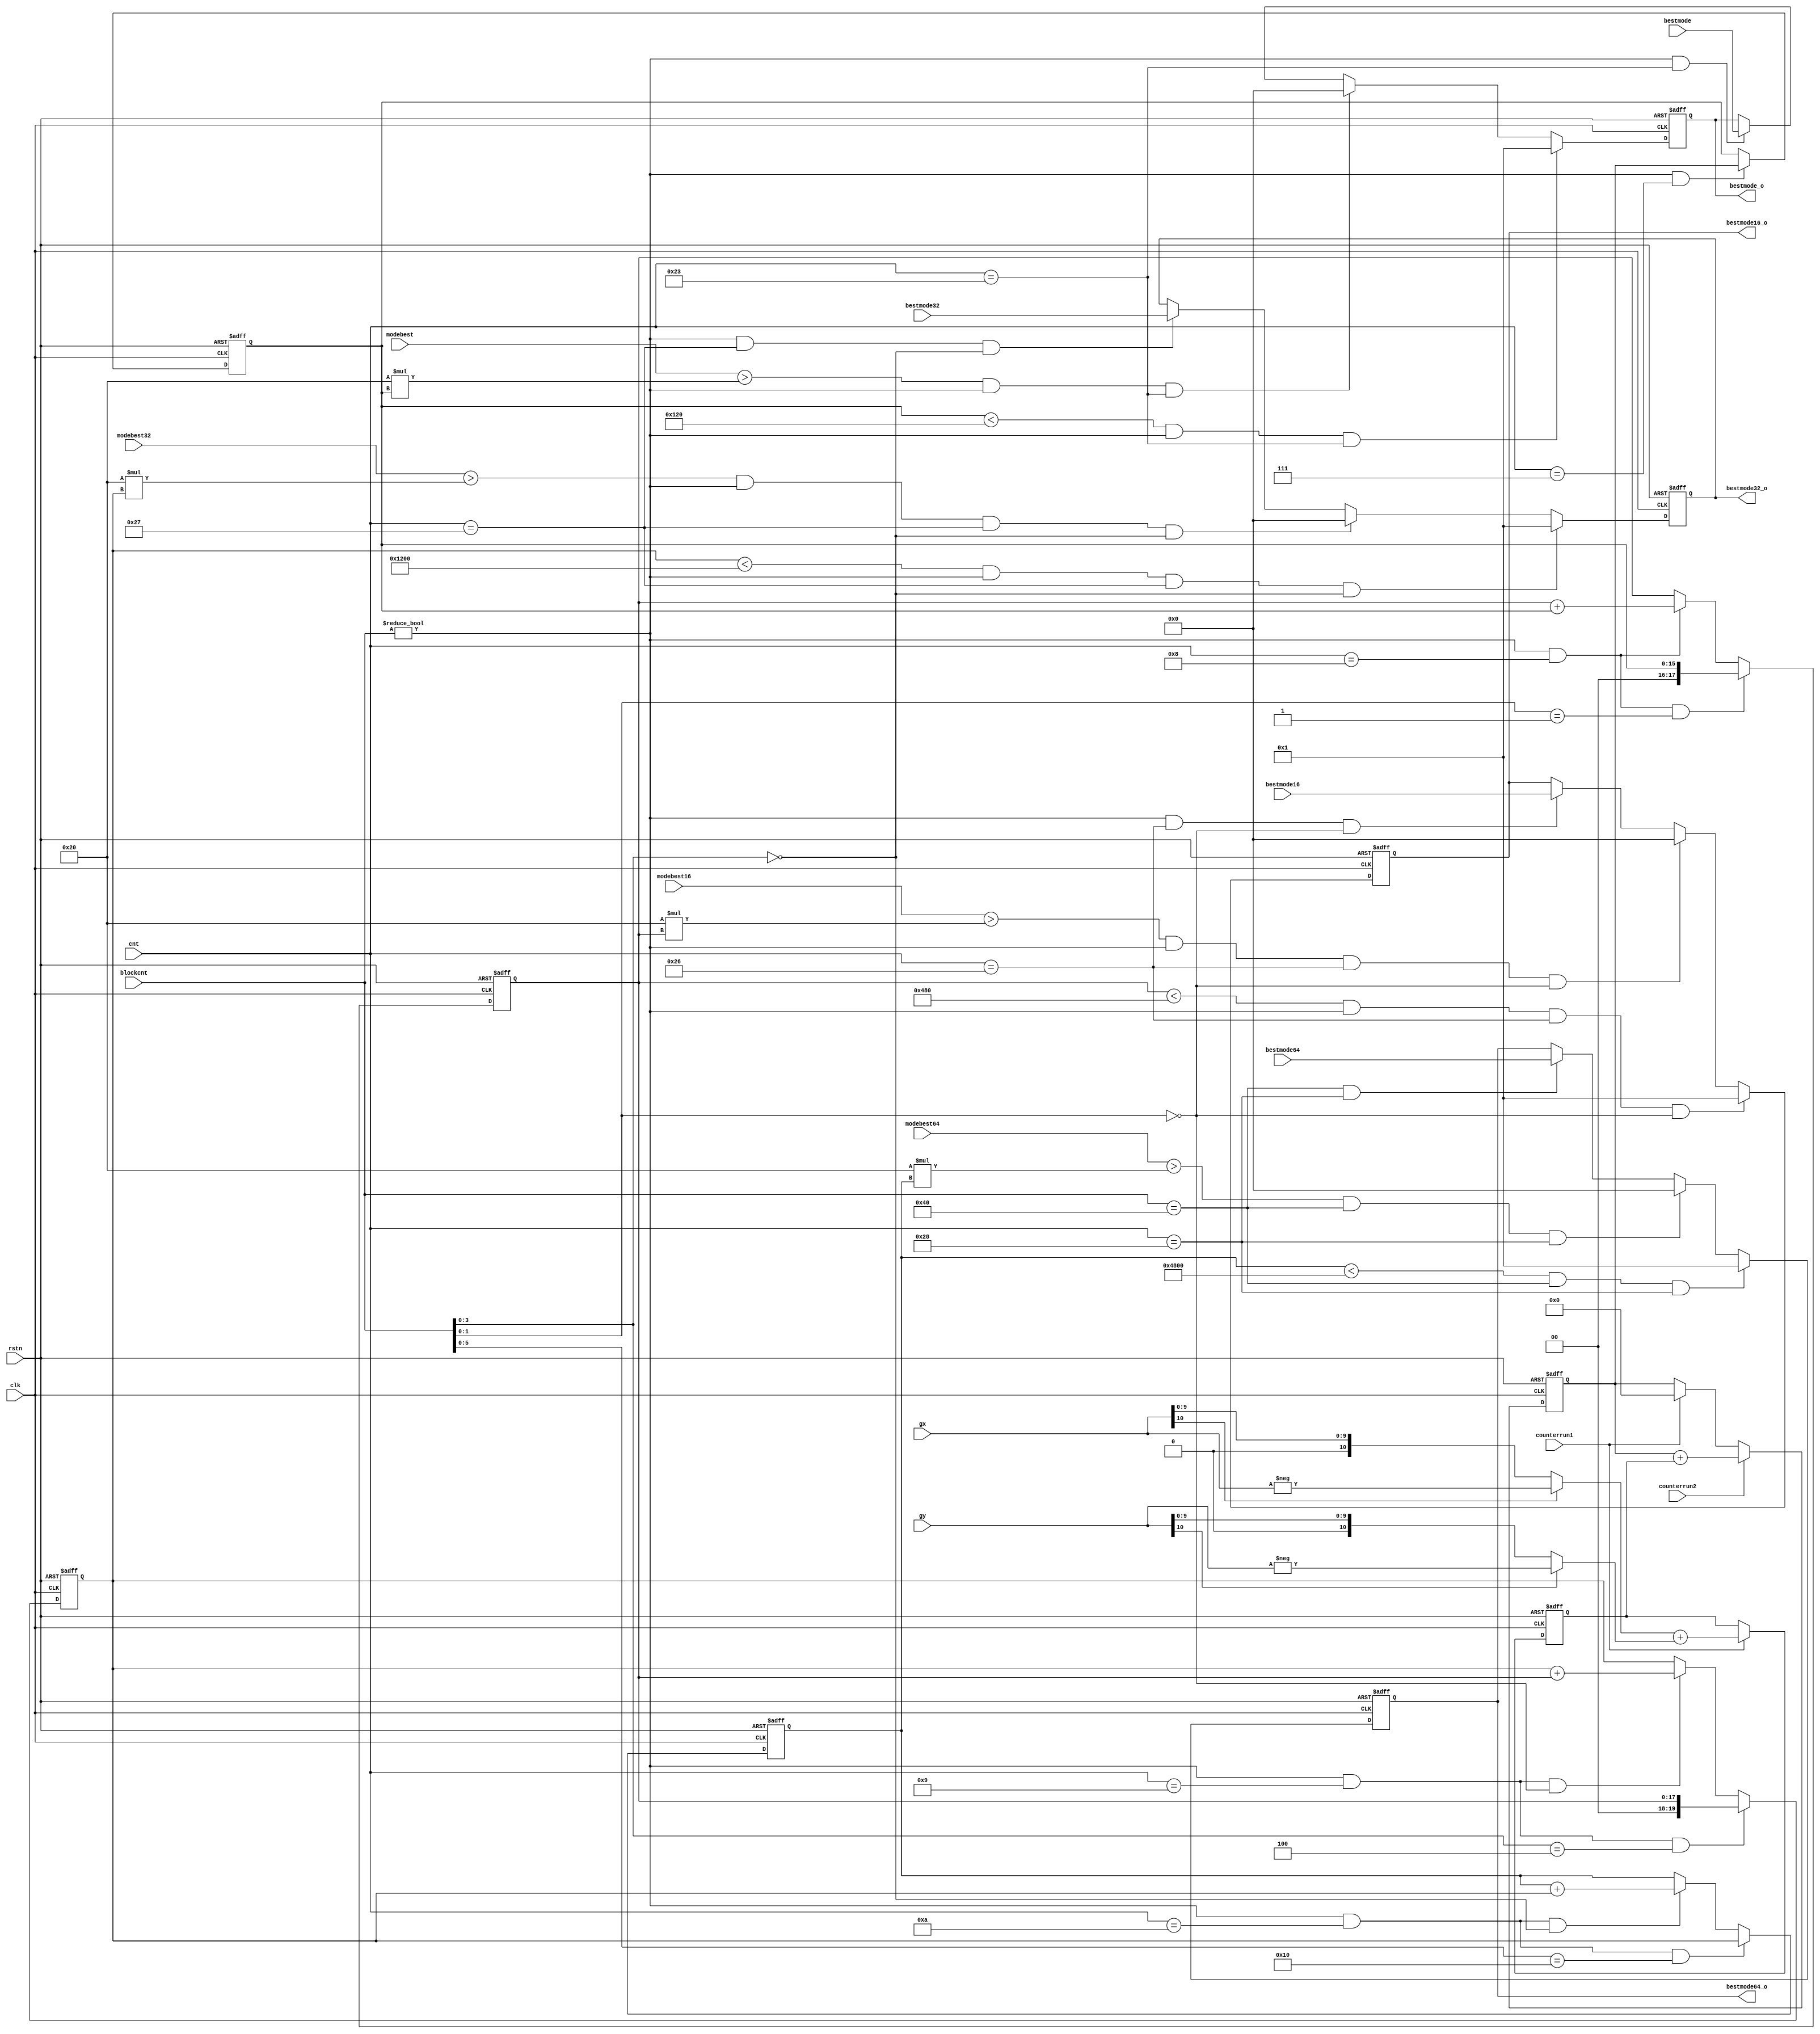
module dc_planar(
	rstn,
	clk,
	counterrun1,
	counterrun2,
	gx,
	gy,
	cnt,
	blockcnt,
	bestmode,
	bestmode16,
	bestmode32,
	bestmode64,
	modebest,
	modebest16,
	modebest32,
	modebest64,
	bestmode_o,
	bestmode16_o,
	bestmode32_o,
	bestmode64_o
);

	parameter		MODE=21;
	parameter		DIGIT=0;
	parameter		DC8=288;
	parameter		DC16=1152;
	parameter		DC32=4608;
	parameter		DC64=18432;
	parameter		Plan8=32;
	parameter		Plan16=32;
	parameter		Plan32=32;
	parameter		Plan64=32;
	
	input							rstn;
	input							clk;
	input							counterrun1;
	input							counterrun2;
	input	signed	[10:0]			gx;
	input	signed	[10:0]			gy;
	input			[5:0]			cnt;
	input			[6:0]			blockcnt;
	input			[5:0]			bestmode;
	input			[5:0]			bestmode16;
	input			[5:0]			bestmode32;
	input			[5:0]			bestmode64;
	input		[MODE-DIGIT:0]		modebest;
	input		[MODE-DIGIT+2:0]	modebest16;
	input		[MODE-DIGIT+4:0]	modebest32;
	input		[MODE-DIGIT+6:0]	modebest64;
	output			[5:0]			bestmode_o;
	output			[5:0]			bestmode16_o;
	output			[5:0]			bestmode32_o;
	output			[5:0]			bestmode64_o;
	
	reg			[10:0]				data_tmp;
	reg			[15:0]				modedata;
	reg			[15:0]				modedata8;
	reg			[17:0]				modedata16;
	reg			[19:0]				modedata32;
	reg			[19:0]				modedata64;
	
	reg			[5:0]				bestmode_o;
	reg			[5:0]				bestmode16_o;
	reg			[5:0]				bestmode32_o;
	reg			[5:0]				bestmode64_o;

//==================mode data calculation====================================
	
always@(posedge clk or negedge rstn)
	if(!rstn)
		data_tmp	<=	'd0;
	else if(counterrun1)
		data_tmp	<=	(gx[10]?(-gx):gx) + (gy[10]?(-gy):gy);
		
always@(posedge clk or negedge rstn)
	if(!rstn)
		modedata	<=	'd0;
	else if(counterrun2)
		modedata	<=	modedata+data_tmp;
	else if(counterrun1)
		modedata	<=	'd0;
		
always@(posedge clk or negedge rstn)
	if(!rstn)
		modedata8	<=	'd0;
	else if((blockcnt	!=	'd0)	&&	(cnt	==	'd7))
		modedata8	<=	modedata;
		
always@(posedge clk or negedge rstn)
	if(!rstn)
		modedata16	<=	'd0;
	else if((blockcnt	!=	'd0)	&&	(cnt	==	'd8)	&&	(blockcnt[1:0]	==	2'b01))
		modedata16	<=	modedata8;
	else if((blockcnt	!=	'd0)	&&	(cnt	==	'd8))
		modedata16	<=	modedata16+modedata8;
		
always@(posedge clk or negedge rstn)
	if(!rstn)
		modedata32	<=	'd0;
	else if((blockcnt	!=	'd0)	&&	(cnt	==	'd9)	&&	(blockcnt[3:0]	==	4'b0100))
		modedata32	<=	modedata16;
	else if((blockcnt	!=	'd0)	&&	(cnt	==	'd9)	&&	(blockcnt[1:0]	==	2'b00))
		modedata32	<=	modedata32+modedata16;
		
always@(posedge clk or negedge rstn)
	if(!rstn)
		modedata64	<=	'd0;
	else if((blockcnt	!=	'd0)	&&	(cnt	==	'd10)	&&	(blockcnt[5:0]	==	6'b010000))
		modedata64	<=	modedata32;
	else if((blockcnt	!=	'd0)	&&	(cnt	==	'd10)	&&	(blockcnt[3:0]	==	4'b0000))
		modedata64	<=	modedata64+modedata32;
	
//================best mode decision============================
	
always@(posedge clk or negedge rstn)
	if(!rstn)
		bestmode_o	<=	'd0;
	else if((modedata8	<	DC8)	&&	(blockcnt	!=	'd0)	&&	(cnt	==	'd35))
		bestmode_o	<=	'd1;
	else if((modebest	>	Plan8 * modedata8)	&&	(blockcnt	!=	'd0)	&&	(cnt	==	'd35))
		bestmode_o	<=	'd0;
	else if((blockcnt	!=	'd0)	&&	(cnt	==	'd35))
		bestmode_o	<=	bestmode;
		
always@(posedge clk or negedge rstn)
	if(!rstn)
		bestmode16_o	<=	'd0;
	else if((modedata16	<	DC16)	&&	(blockcnt	!=	'd0)	&&	(cnt	==	'd38)	&&	(blockcnt[1:0]	==	2'b00))
		bestmode16_o	<=	'd1;
	else if((modebest16	>	Plan16 * modedata16)	&&	(blockcnt	!=	'd0)	&&	(cnt	==	'd38)	&&	(blockcnt[1:0]	==	2'b00))
		bestmode16_o	<=	'd0;
	else if((blockcnt	!=	'd0)	&&	(cnt	==	'd38)	&&	(blockcnt[1:0]	==	2'b00))
		bestmode16_o	<=	bestmode16;
		
always@(posedge clk or negedge rstn)
	if(!rstn)
		bestmode32_o	<=	'd0;
	else if((modedata32	<	DC32)	&&	(blockcnt	!=	'd0)	&&	(cnt	==	'd39)	&&	(blockcnt[3:0]	==	4'b0000))
		bestmode32_o	<=	'd1;
	else if((modebest32	>	Plan32 * modedata32)	&&	(blockcnt	!=	'd0)	&&	(cnt	==	'd39)	&&	(blockcnt[3:0]	==	4'b0000))
		bestmode32_o	<=	'd0;
	else if((blockcnt	!=	'd0)	&&	(cnt	==	'd39)	&&	(blockcnt[3:0]	==	4'b0000))
		bestmode32_o	<=	bestmode32;
		
always@(posedge clk or negedge rstn)
	if(!rstn)
		bestmode64_o	<=	'd0;
	else if((modedata64	<	DC64)	&&	(blockcnt	==	'd64)	&&	(cnt	==	'd40))
		bestmode64_o	<=	'd1;
	else if((modebest64	>	Plan64 * modedata64)	&&	(blockcnt	==	'd64)	&&	(cnt	==	'd40))
		bestmode64_o	<=	'd0;
	else if((blockcnt	==	'd64)	&&	(cnt	==	'd40))
		bestmode64_o	<=	bestmode64;
			
endmodule